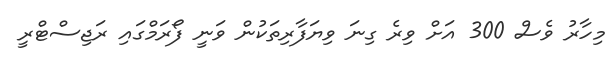
މިހާރު ވެސް 300 އަށް ވިރެ ގިނަ ވިޔަފާރިތަކުން ވަނީ ފޯރަމްގައި ރަޖިސްޓްރީ